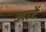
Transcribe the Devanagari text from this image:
आटें